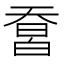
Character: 𤾄